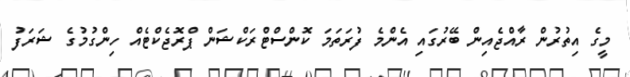
މީގެ އިތުރުން ރާއްޖެއިން ބޭރުގައި އެންމެ ފުރަތަމަ ކޮންސްޓްރަކްޝަން ޕްރޮޖެކްޓެއް ހިންގުމުގެ ޝަރަފު